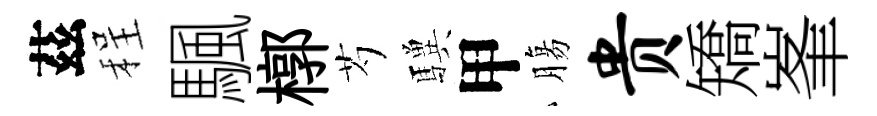
茲程颿槨芍驥甲膓贵矯峯